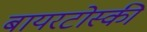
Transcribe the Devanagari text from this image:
बायरटोस्की